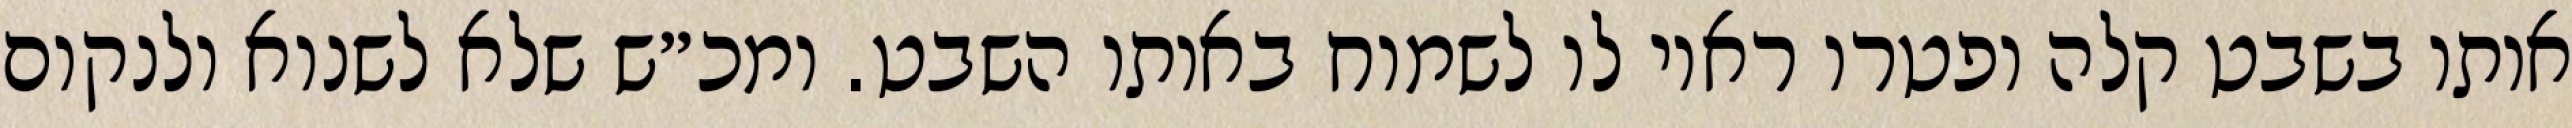
אותו בשבט קלה ופטרו ראוי לו לשמוח באותו השבט. ומכ״ש שלא לשנוא ולנקום